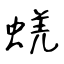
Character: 蜣